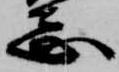
志